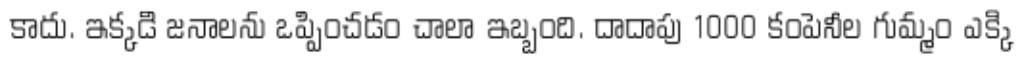
కాదు. ఇక్కడి జనాలను ఒప్పించడం చాలా ఇబ్బంది. దాదాపు 1000 కంపెనీల గుమ్మం ఎక్కి